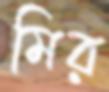
মির